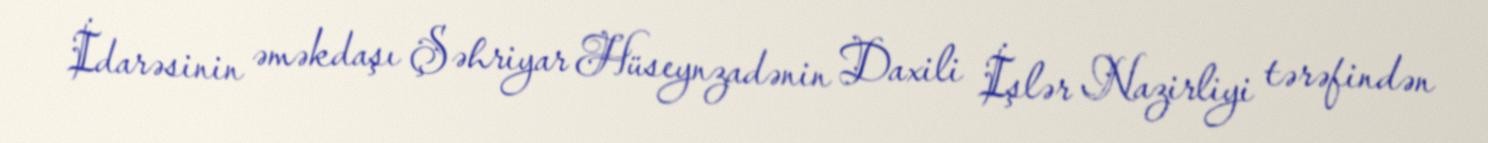
İdarəsinin əməkdaşı Şəhriyar Hüseynzadənin Daxili İşlər Nazirliyi tərəfindən